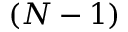
( N - 1 )